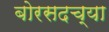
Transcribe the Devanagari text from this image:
बोरसदच्या